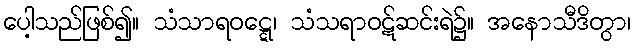
ပေါ့သည်ဖြစ်၍။ သံသာရဝဋ္ဋေ၊ သံသရာဝဋ်ဆင်းရဲ၌။ အနောသီဒိတွာ၊